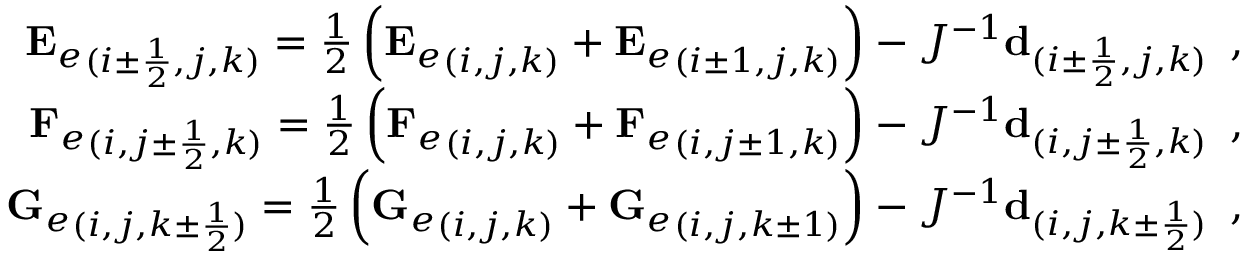
\begin{array} { r } { { \mathbf { E } _ { e } } _ { ( i \pm \frac { 1 } { 2 } , j , k ) } = \frac { 1 } { 2 } \left( { \mathbf { E } _ { e } } _ { ( i , j , k ) } + { \mathbf { E } _ { e } } _ { ( i \pm 1 , j , k ) } \right) - J ^ { - 1 } \mathbf { d } _ { ( i \pm \frac { 1 } { 2 } , j , k ) } \, \mathrm { ~ , ~ } } \\ { { \mathbf { F } _ { e } } _ { ( i , j \pm \frac { 1 } { 2 } , k ) } = \frac { 1 } { 2 } \left( { \mathbf { F } _ { e } } _ { ( i , j , k ) } + { \mathbf { F } _ { e } } _ { ( i , j \pm 1 , k ) } \right) - J ^ { - 1 } \mathbf { d } _ { ( i , j \pm \frac { 1 } { 2 } , k ) } \, \mathrm { ~ , ~ } } \\ { { \mathbf { G } _ { e } } _ { ( i , j , k \pm \frac { 1 } { 2 } ) } = \frac { 1 } { 2 } \left( { \mathbf { G } _ { e } } _ { ( i , j , k ) } + { \mathbf { G } _ { e } } _ { ( i , j , k \pm 1 ) } \right) - J ^ { - 1 } \mathbf { d } _ { ( i , j , k \pm \frac { 1 } { 2 } ) } \, \mathrm { ~ , ~ } } \end{array}